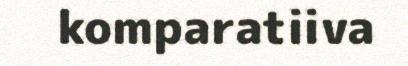
komparatiiva